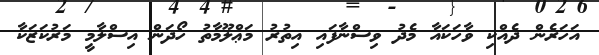
އަހަރެން ދެއްކި ވާހަކައާ މެދު ވިސްނާފައި އިތުރު މަޢްލޫމާތު ހޯދަން އިސްލާމީ މަރުކަޒަކާ